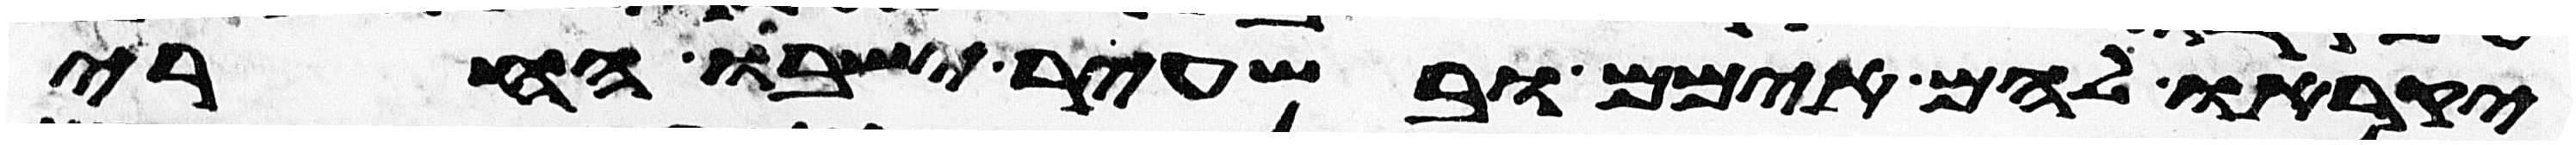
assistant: יקראו להם אימים ובשעיר ישבו החרי